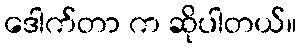
ဒေါက်တာ က ဆိုပါတယ်။